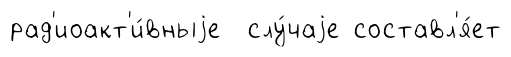
рад'иоакт'и́вныjе слу́чаjе составл'я́ет